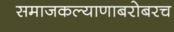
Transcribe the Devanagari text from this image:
समाजकल्याणाबरोबरच